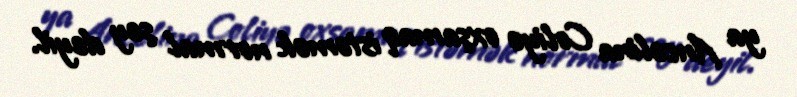
ya Ancelina Coliyə oxşamaq istəmək normal şey deyil.